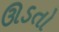
ઊડતો